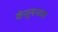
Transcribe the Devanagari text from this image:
कंजुषपणा